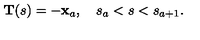
{ \bf T } ( s ) = - { \bf x } _ { a } , \quad s _ { a } < s < s _ { a + 1 } .